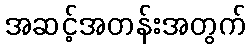
အဆင့်အတန်းအတွက်